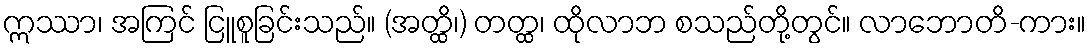
ဣဿာ၊ အကြင် ငြူစူခြင်းသည်။ (အတ္ထိ၊) တတ္ထ၊ ထိုလာဘ စသည်တို့တွင်။ လာဘောတိ-ကား။